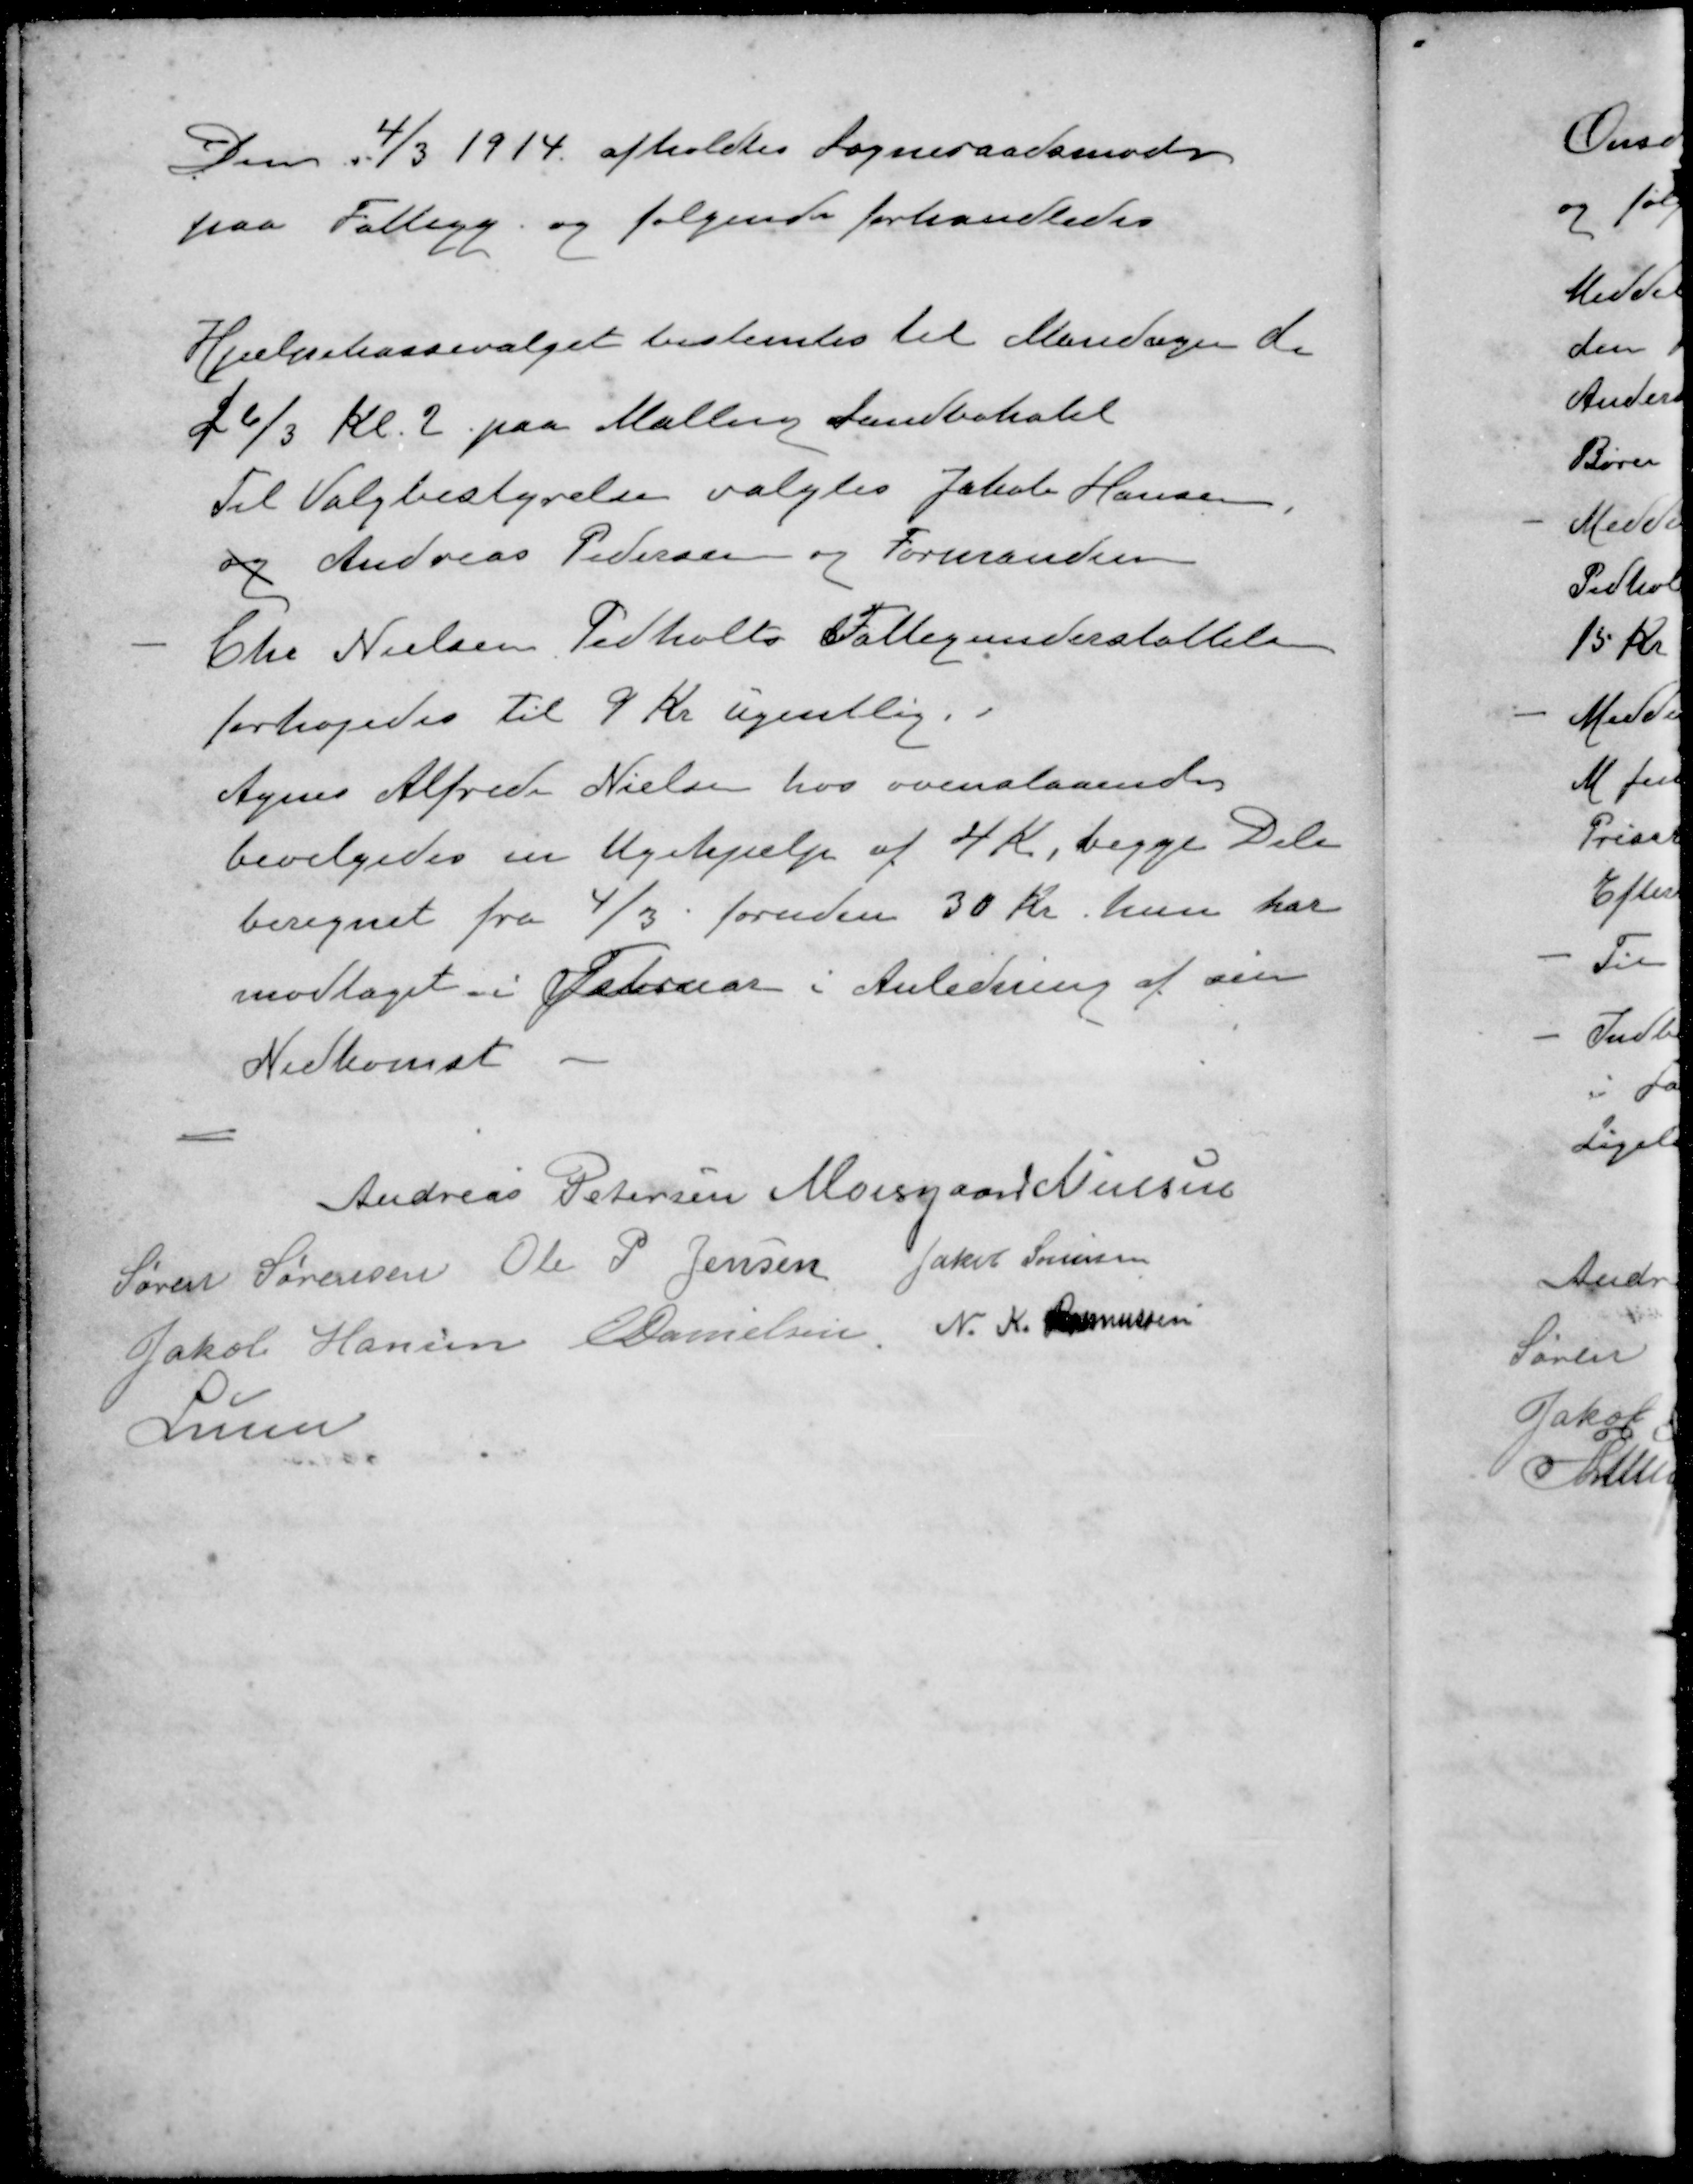
Transskription:
Den 4/3 1914 afholdtes Sogneraadsmøde
paa Fattigg. og følgende forhandledes
Hjælpekassevalget bestemtes til Mandagen den
26/3 Kl. 2. paa Malling Landbohotel
Til Valgbestyrelse valgtes Jakob Hansen,
og Andreas Pedersen og Formanden
- Chr Nielsen, Pedholts Fattigunderstøttelse
forhøjedes til 9 Kr ugentlig.
Agnes Alfride Nielsen hos ovenstaaende
bevilgedes en Ugehjælp af 4 Kr, begge Dele
beregnet fra 4/3 foruden 30 Kr hun har
modtaget i Februar i Anledning af sin
Nedkomst
Andreas Petersen
Moesgaard Nielsen
Søren Sørensen
Ole P Jensen
Jakob Sørensen
Jakob Hansen
E Danielsen
N. K. Rasmussen
Lunn